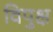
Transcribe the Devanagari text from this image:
विपुक्ष